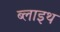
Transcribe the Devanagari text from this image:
ब्लाइथ